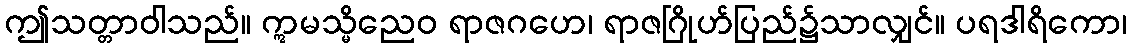
ဤသတ္တာဝါသည်။ ဣမသ္မိညေဝ ရာဇဂဟေ၊ ရာဇဂြိုဟ်ပြည်၌သာလျှင်။ ပရဒါရိကော၊